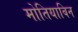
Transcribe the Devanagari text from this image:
मोतियाबिन